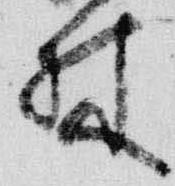
林